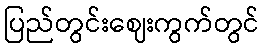
ပြည်တွင်းဈေးကွက်တွင်